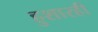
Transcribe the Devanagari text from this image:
हुशारही